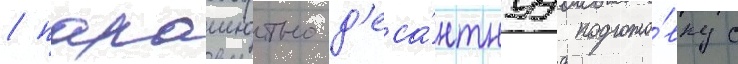
/ парашютно-д'еса́нтнуу подгото́вку с